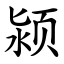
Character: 颍